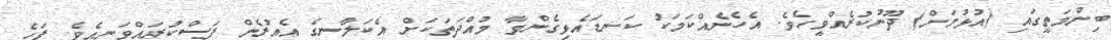
ބިންމަތީގައި (އުޅުމަށް) ދޫނުކުރެއްވީހެވެ. އެހެނެއްކަމަކު ކަނޑައެޅިގެންވާ މުއްދަތަކަށް އެކަލާނގެ އެއުރެން ފަސްކުރައްވަނީއެވެ. ފަހެ